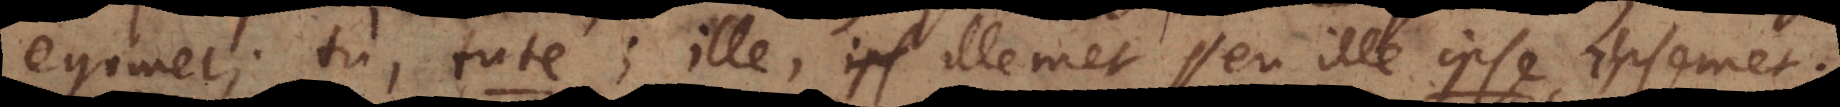
egomet; tu, tute; ille, illemet seu ille ipse, ipsemet.